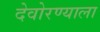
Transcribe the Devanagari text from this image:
देवोरण्याला